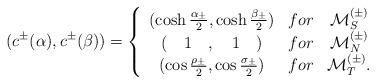
LaTeX: \begin{align*}(c^{\pm}(\alpha),c^{\pm}(\beta))=\left\{\begin{array}{ccc}(\cosh\frac{\alpha_{\pm}}{2},\cosh\frac{\beta_{\pm}}{2})&for&{\cal M}_{S}^{(\pm)}\\(\quad1\quad,\quad1\quad)&for&{\cal M}_{N}^{(\pm)}\\(\cos\frac{\rho_{\pm}}{2},\cos\frac{\sigma_{\pm}}{2})&for&{\cal M}_{T}^{(\pm)}.\end{array}\right. \end{align*}